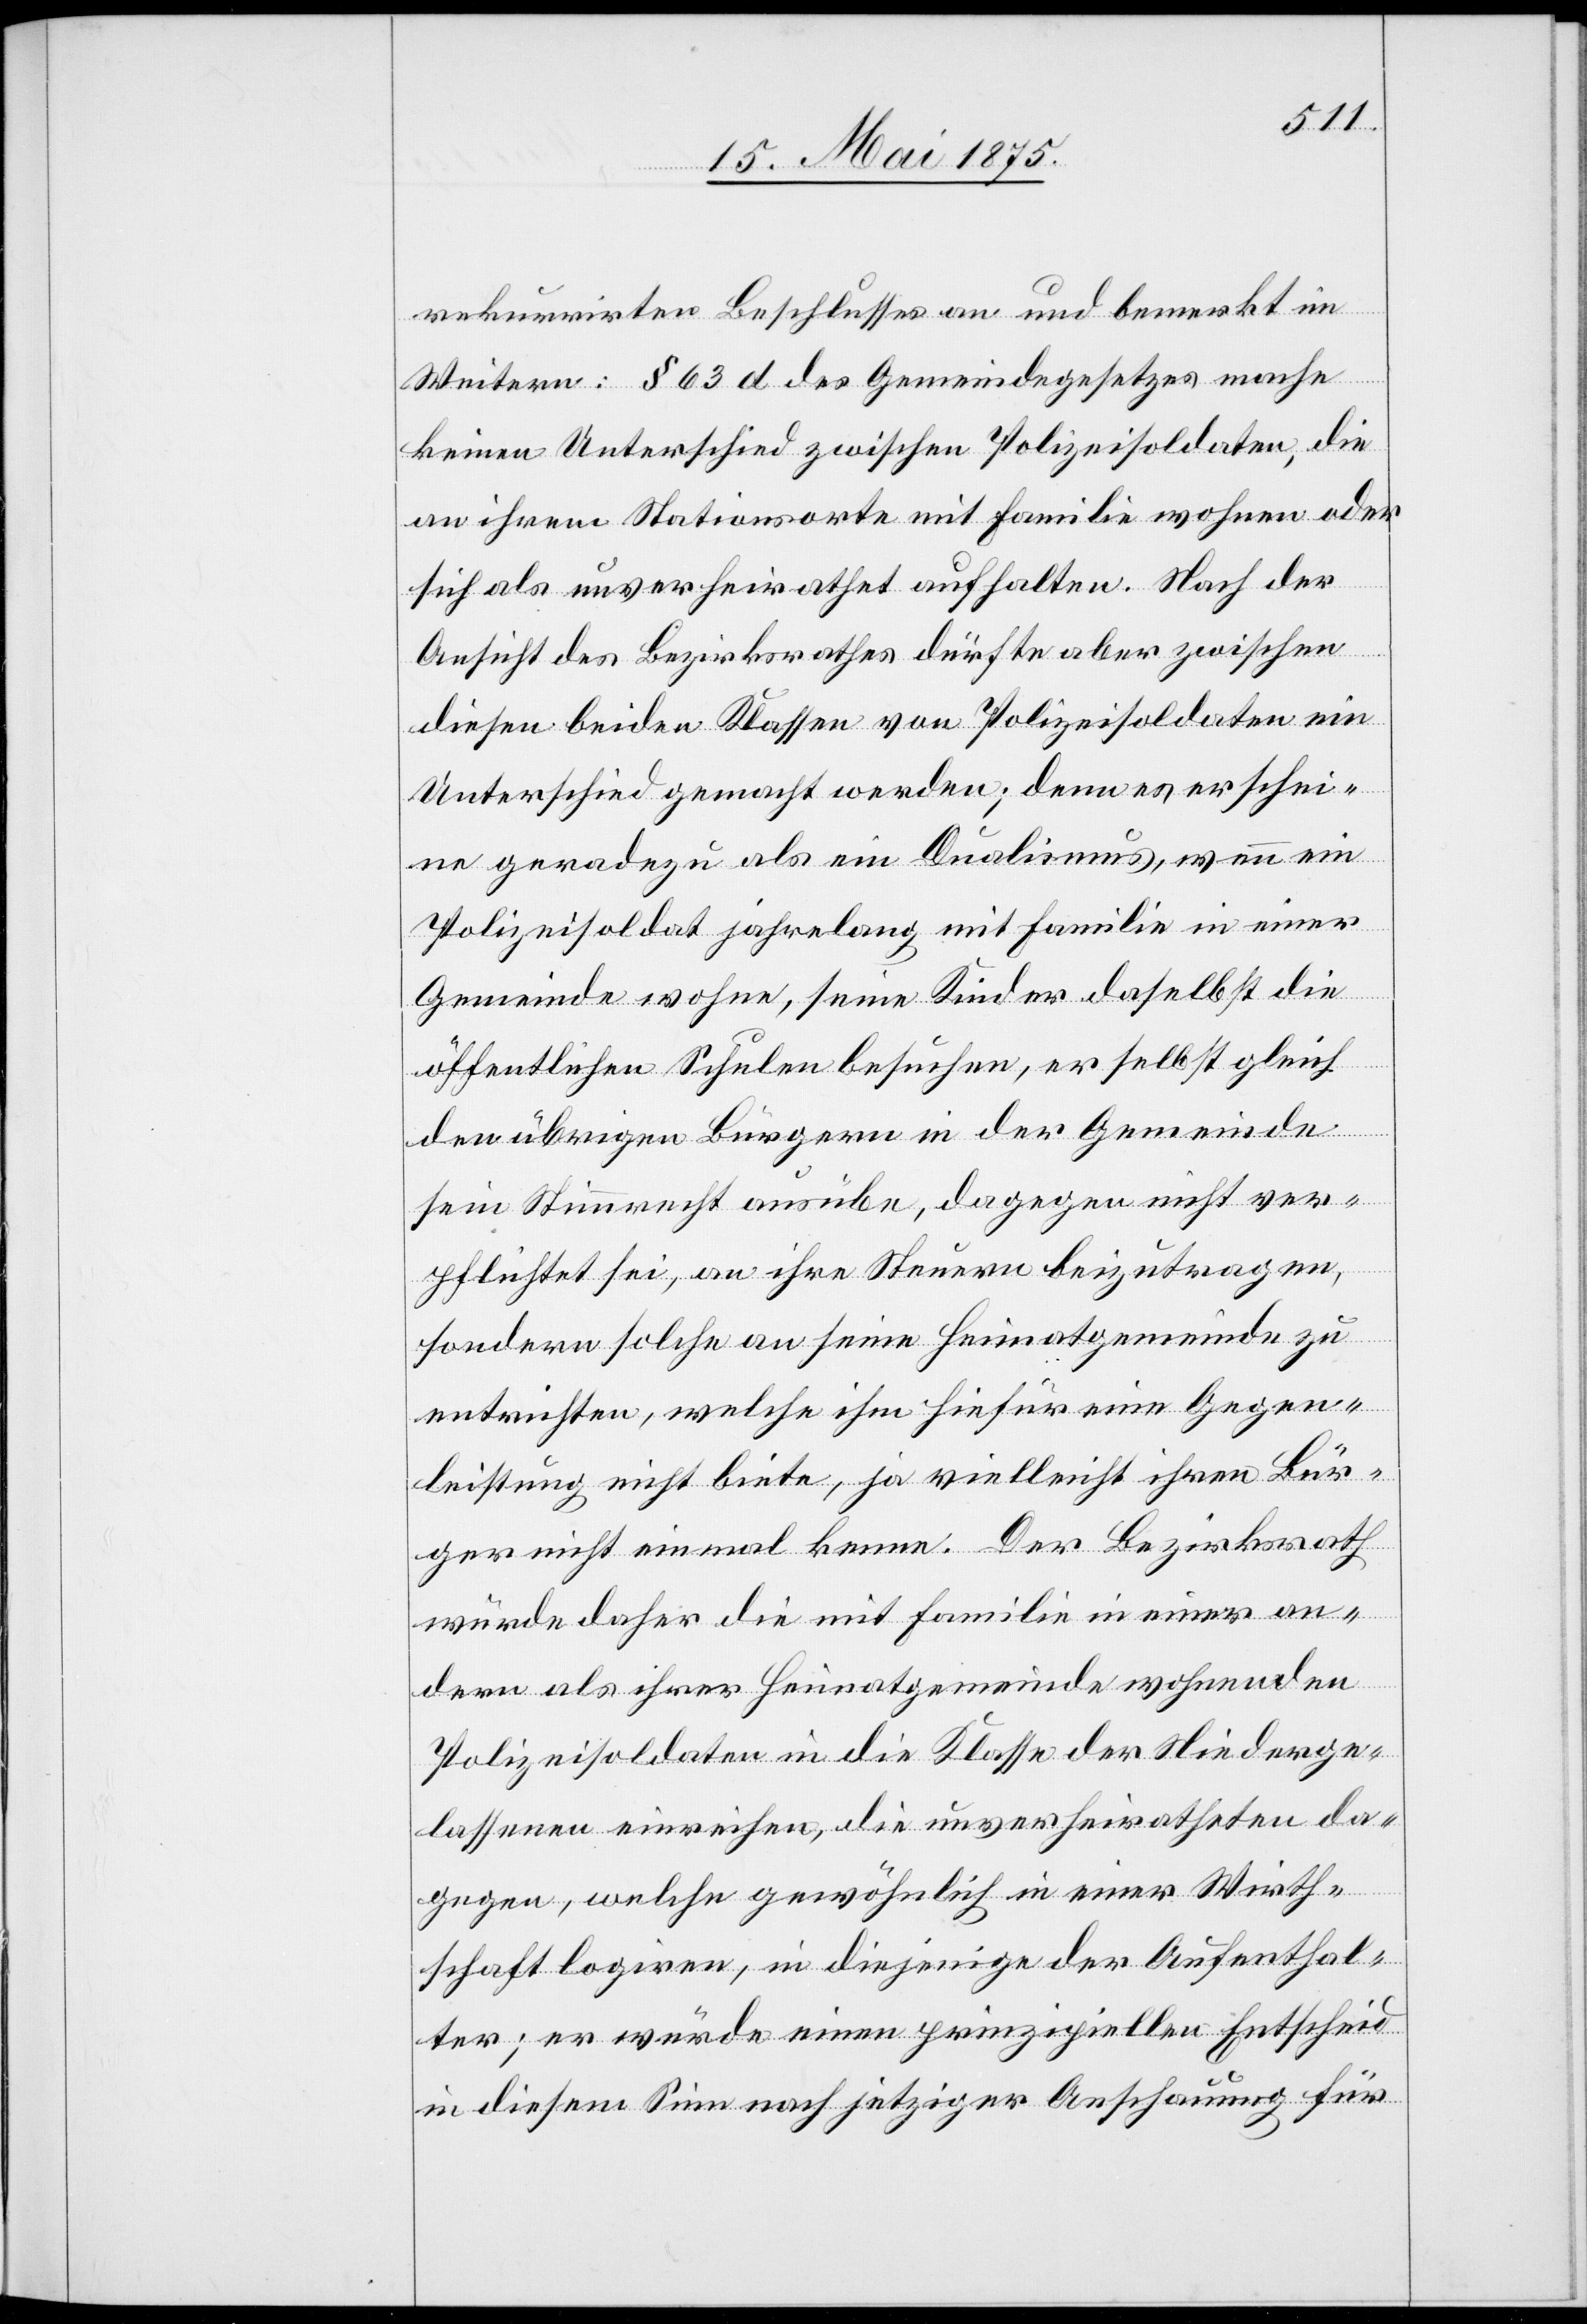
rekurrirten Beschlusses an und bemerkt im
Weiteren: § 63 d des Gemeindegesetzes mache
keinen Unterschied zwischen Polizeisoldaten, die
an ihrem Stationsorte mit Familie wohnen oder
sich als unverheiratet aufhalten. Nach der
ic!]
Ansicht des Bezirksrathes dürfte aber zwischen
diesen beiden Klassen von Polizeisoldaten ein
Unterschied gemacht werden; denn es erschei¬
ne geradezu als ein Dualismus, wenn ein
Polizeisoldat jahrelang mit Familie in einer
Gemeinde wohne, seine Kinder daselbst die
da¬
öffentlichen Schulen besuchen, er selbst gleich
den übrigen Bürgern in der Gemeinde
sein Stimmrecht ausübe, dagegen nicht ver¬
pflichtet sei, an ihre Steuern beizutragen,
sondern solche an seine Heimatgemeinde zu
entrichten, welche ihm hiefür eine Gegen¬
leistung nicht biete, ja vielleicht ihren Bür¬
ger nicht einmal kenne. Der Bezirksrath
würde daher die mit Familie in einer an¬
dern als ihrer Heimatgemeinde wohnenden
Polizeisoldaten in die Klasse der Niederge¬
lassenen einreihen, die unverheirateten [s¬
gegen, welche gewöhnlich in einer Wirth¬
schaft logiren, in diejenige der Aufenthal¬
ter; er würde einen prinzipiellen Entscheid
in diesem Sinn nach jetziger Anschauung für